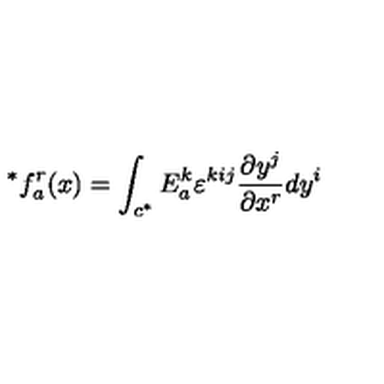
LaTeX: ^ { * } f _ { a } ^ { r } ( x ) = \int _ { c ^ { * } } E _ { a } ^ { k } \varepsilon ^ { k i j } \frac { \partial y ^ { j } } { \partial x ^ { r } } d y ^ { i }